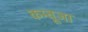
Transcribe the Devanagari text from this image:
कम्बूजा